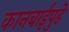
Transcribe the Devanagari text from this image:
कानबाईपुढे